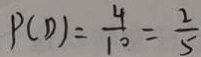
P ( D ) = \frac { 4 } { 1 0 } = \frac { 2 } { 5 }